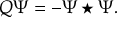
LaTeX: Q \Psi = - \Psi \star \Psi .